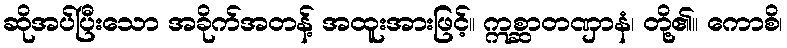
ဆိုအပ်ပြီးသော အခိုက်အတန့် အထူးအားဖြင့်။ ဣစ္ဆာတဏှာနံ၊ တို့၏။ ကောစိ၊